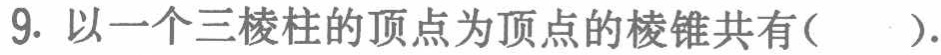
9. 以一个三棱柱的顶点为顶点的棱锥共有(  ).